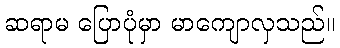
ဆရာမ ပြောပုံမှာ မာကျောလှသည်။